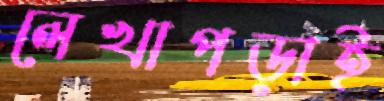
লেখাপড়াই